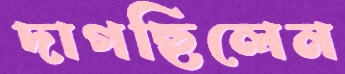
দাগছিলেন